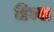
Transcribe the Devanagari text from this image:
हित्वा